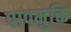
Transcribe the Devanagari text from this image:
पापमुक्ति